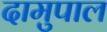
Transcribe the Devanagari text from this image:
दामुपाल